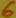
Text: 6